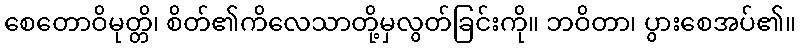
စေတောဝိမုတ္တိ၊ စိတ်၏ကိလေသာတို့မှလွတ်ခြင်းကို။ ဘဝိတာ၊ ပွားစေအပ်၏။